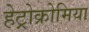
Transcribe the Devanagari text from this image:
हेट्रोक्रोमिया